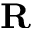
\mathbf { R }